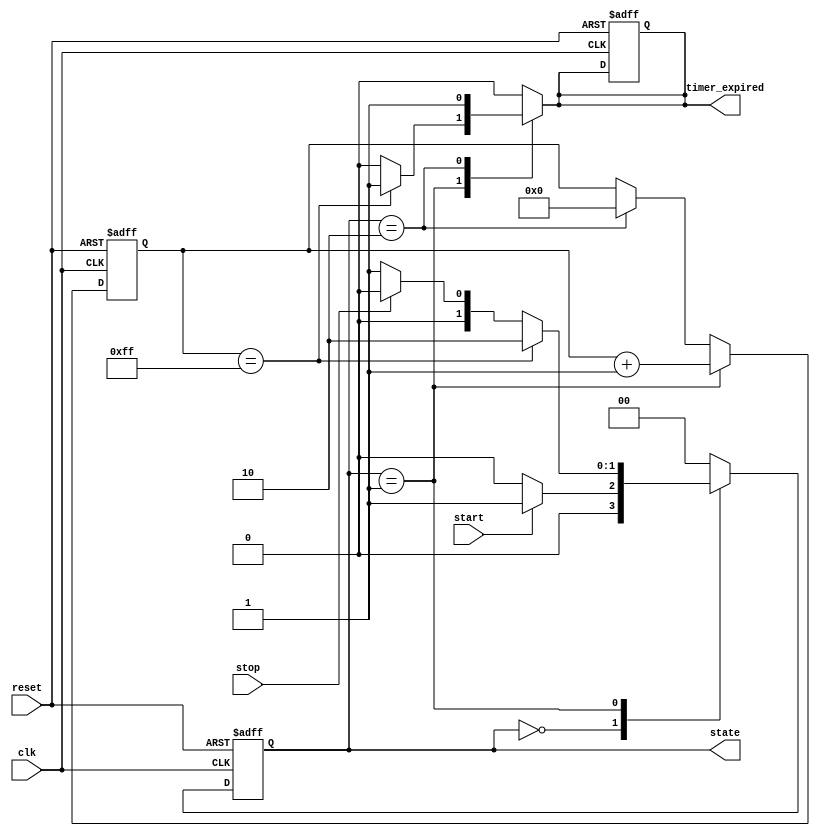
module TimerBasedMealyFSM (
    input wire clk,          // Clock signal
    input wire reset,        // Reset signal
    input wire start,        // Start signal to initiate the timer
    input wire stop,         // Stop signal to halt the timer
    output reg timer_expired, // Output indicating timer has expired
    output reg [1:0] state   // Current state output
);

// State encoding
parameter IDLE    = 2'b00;
parameter ACTIVE  = 2'b01;
parameter TIMEOUT = 2'b10;

// Timer parameters
parameter TIMER_MAX = 8'd255; // Example timer max value

reg [7:0] timer; // Timer register
reg [1:0] next_state; // Next state register

// State transition logic
always @(*) begin
    case (state)
        IDLE: begin
            if (start) begin
                next_state = ACTIVE;
                timer_expired = 1'b0;
            end else begin
                next_state = IDLE;
                timer_expired = 1'b0;
            end
        end
        
        ACTIVE: begin
            if (timer == TIMER_MAX) begin
                next_state = TIMEOUT;
                timer_expired = 1'b1; // Timer expired
            end else if (stop) begin
                next_state = IDLE; // Go back to IDLE on stop
                timer_expired = 1'b0;
            end else begin
                next_state = ACTIVE;
                timer_expired = 1'b0;
            end
        end
        
        TIMEOUT: begin
            next_state = IDLE; // Go back to IDLE after timeout
            timer_expired = 1'b1; // Timer expired
        end
        
        default: begin
            next_state = IDLE; // Default to IDLE state
            timer_expired = 1'b0;
        end
    endcase
end

// State register
always @(posedge clk or posedge reset) begin
    if (reset) begin
        state <= IDLE; // Reset to IDLE state
        timer <= 8'd0; // Reset timer
        timer_expired <= 1'b0;
    end else begin
        state <= next_state; // Update state
        if (state == ACTIVE) begin
            timer <= timer + 1; // Increment timer in ACTIVE state
        end else if (state == TIMEOUT) begin
            timer <= 8'd0; // Reset timer on timeout
        end
    end
end

endmodule